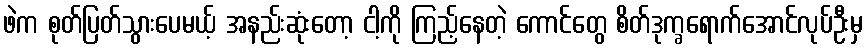
ဖဲက စုတ်ပြတ်သွားပေမယ့် အနည်းဆုံးတော့ ငါ့ကို ကြည့်နေတဲ့ ကောင်တွေ စိတ်ဒုက္ခရောက်အောင်လုပ်ဦးမှ